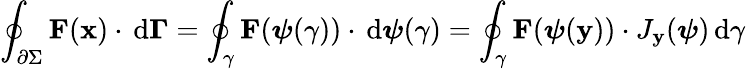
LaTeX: \oint_{\partial\Sigma}{\mathbf{F}(\mathbf{x})\cdot\, \mathrm{d}\mathbf{\Gamma}}=\oint_{\gamma}{\mathbf{F}({\boldsymbol{\psi}}(\mathbf{\gamma}))\cdot\, \mathrm{d}{\boldsymbol{\psi}}(\mathbf{\gamma})}=\oint_{\gamma}{\mathbf{F}({\boldsymbol{\psi}}(\mathbf{y}))\cdot J_{\mathbf{y}}({\boldsymbol{\psi}})\, \mathrm{d}\gamma}